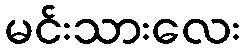
မင်းသားလေး